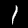
Label: 1